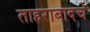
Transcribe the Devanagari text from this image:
ताहराबादचे